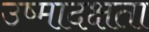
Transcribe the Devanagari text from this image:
उष्मादक्षता